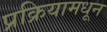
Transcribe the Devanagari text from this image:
प्रक्रियामधून